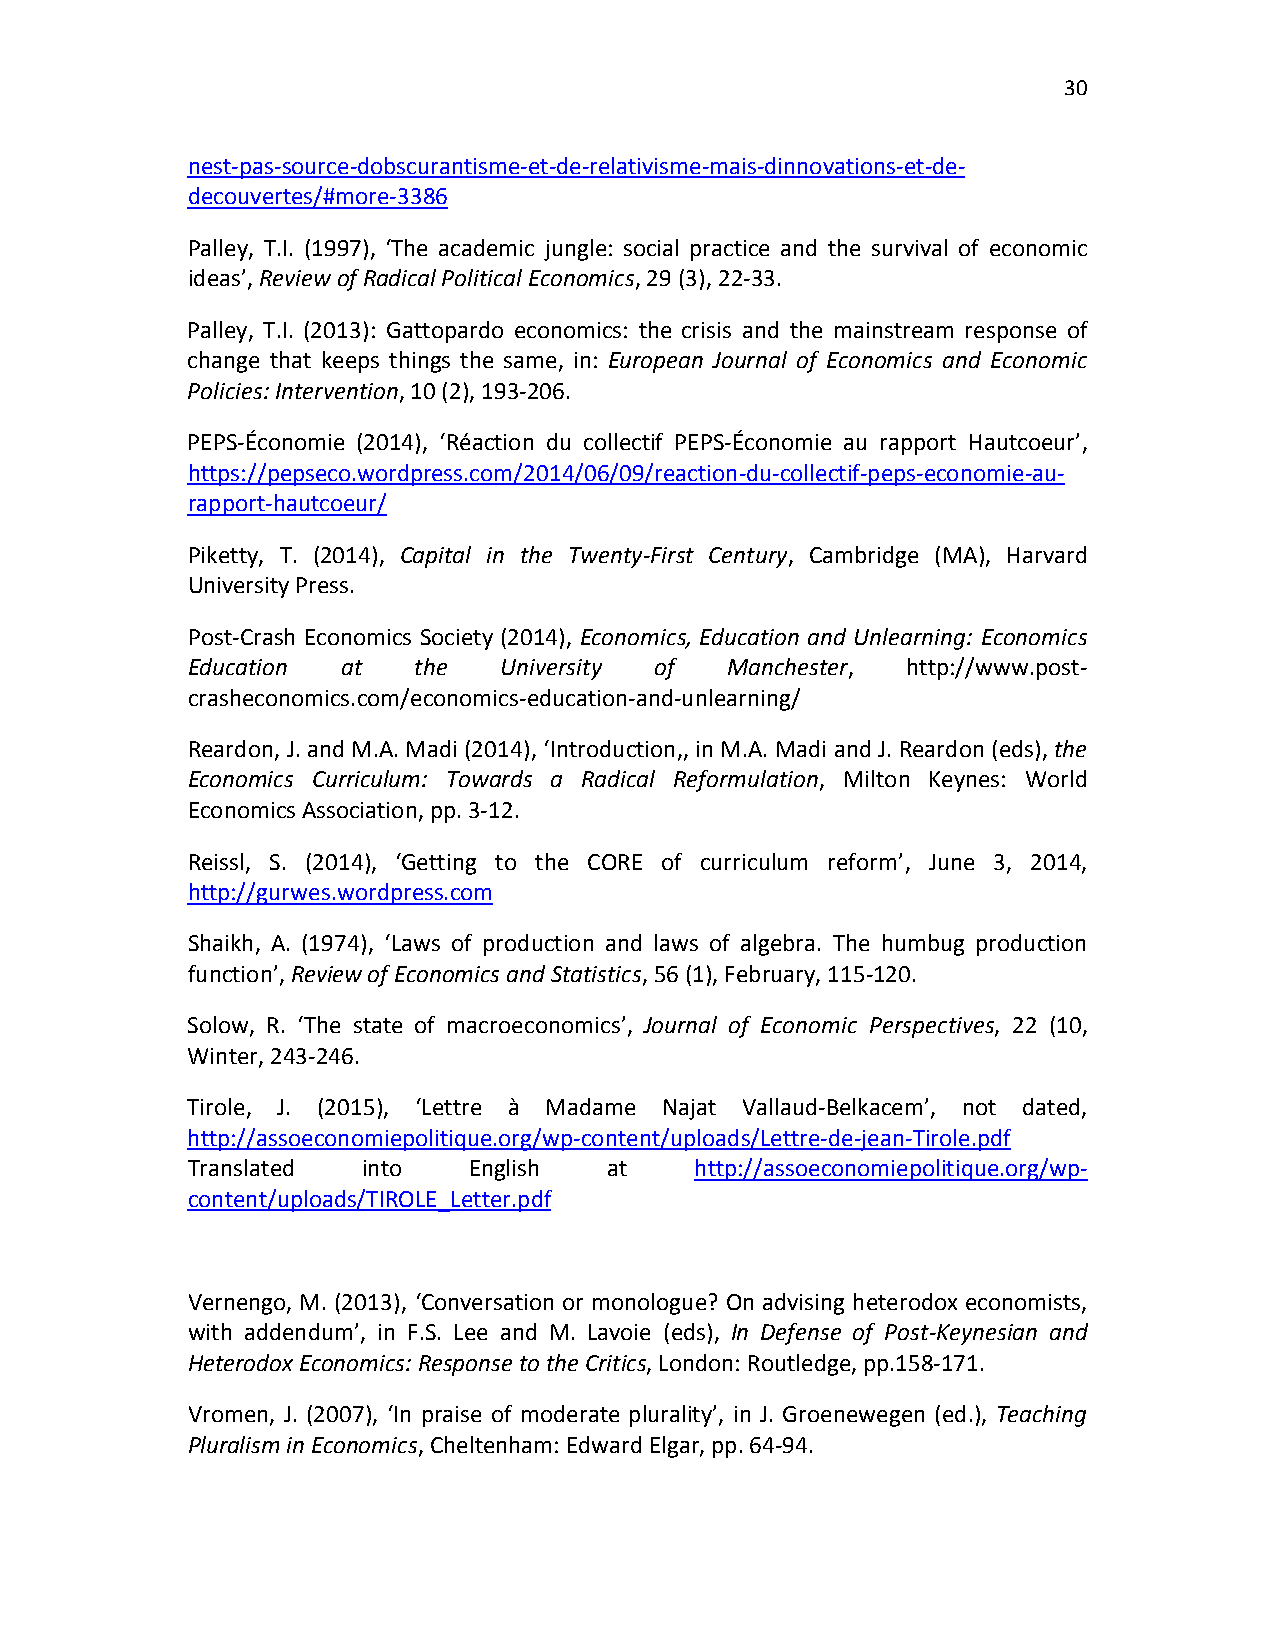
30
 nest-pas-source-dobscurantisme-et-de-relativisme-mais-dinnovations-et-de-
 decouvertes/#more-3386
 Palley, T.I. (1997), ‘The academic jungle: social practice and the survival of economic
 ideas’, Review of Radical Political Economics, 29 (3), 22-33.
 Palley, T.I. (2013): Gattopardo economics: the crisis and the mainstream response of
 change that keeps things the same, in: European Journal of Economics and Economic
 Policies: Intervention, 10 (2), 193-206.
 PEPS-Économie (2014), ‘Réaction du collectif PEPS-Économie au rapport Hautcoeur’,
 https://pepseco.wordpress.com/2014/06/09/reaction-du-collectif-peps-economie-au-
 rapport-hautcoeur/
 Piketty, T. (2014), Capital in the Twenty-First Century, Cambridge (MA), Harvard
 University Press.
 Post-Crash Economics Society (2014), Economics, Education and Unlearning: Economics
 Education  at  the   University of  Manchester, http://www.post-
 crasheconomics.com/economics-education-and-unlearning/
 Reardon, J. and M.A. Madi (2014), ‘Introduction,, in M.A. Madi and J. Reardon (eds), the
 Economics Curriculum: Towards a Radical Reformulation, Milton Keynes: World
 Economics Association, pp. 3-12.
 Reissl, S. (2014), ‘Getting to the CORE of curriculum reform’, June 3, 2014,
 http://gurwes.wordpress.com
 Shaikh, A. (1974), ‘Laws of production and laws of algebra. The humbug production
 function’, Review of Economics and Statistics, 56 (1), February, 115-120.
 Solow, R. ‘The state of macroeconomics’, Journal of Economic Perspectives, 22 (10,
 Winter, 243-246.
 Tirole, J. (2015), ‘Lettre à Madame Najat Vallaud-Belkacem’, not dated,
 http://assoeconomiepolitique.org/wp-content/uploads/Lettre-de-jean-Tirole.pdf
 Translated  into   English  at    http://assoeconomiepolitique.org/wp-
 content/uploads/TIROLE_Letter.pdf
 Vernengo, M. (2013), ‘Conversation or monologue? On advising heterodox economists,
 with addendum’, in F.S. Lee and M. Lavoie (eds), In Defense of Post-Keynesian and
 Heterodox Economics: Response to the Critics, London: Routledge, pp.158-171.
 Vromen, J. (2007), ‘In praise of moderate plurality’, in J. Groenewegen (ed.), Teaching
 Pluralism in Economics, Cheltenham: Edward Elgar, pp. 64-94.